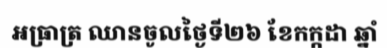
អធ្រាត្រ ឈានចូលថ្ងៃទី២៦ ខែកក្កដា ឆ្នាំ